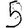
Digit: 5